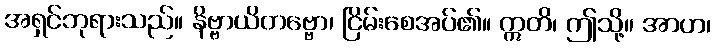
အရှင်ဘုရားသည်။ နိဗ္ဗာယိတဗ္ဗော၊ ငြိမ်းစေအပ်၏။ ဣတိ၊ ဤသို့။ အာဟ၊